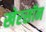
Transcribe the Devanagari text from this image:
खेरसॉन